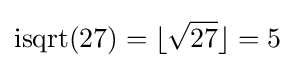
\operatorname {isqrt} (27)=\lfloor {\sqrt {27}}\rfloor =5